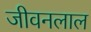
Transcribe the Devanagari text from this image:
जीवनलाल